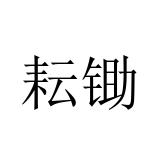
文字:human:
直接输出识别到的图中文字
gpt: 耘锄